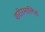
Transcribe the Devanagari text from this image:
शरीरमालिश